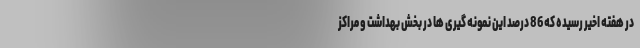
در هفته اخیر رسیده که 86 درصد این نمونه گیری ها در بخش بهداشت و مراکز